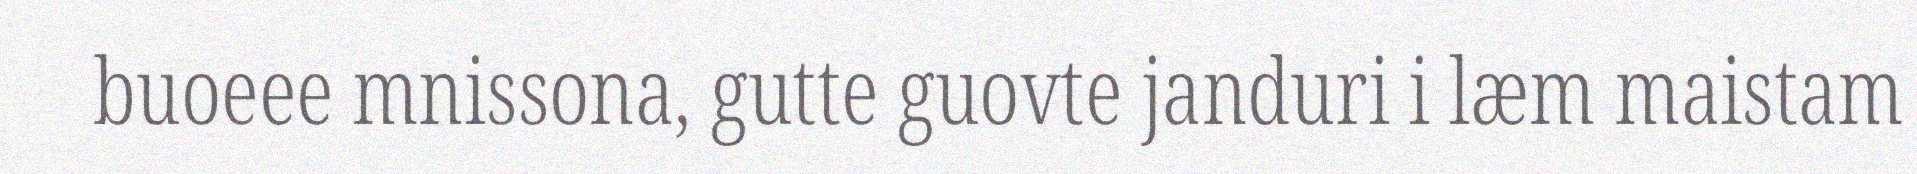
buoeee mnissona, gutte guovte janduri i læm maistam